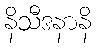
နိသီဒနာနိ